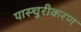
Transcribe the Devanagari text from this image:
पास्चुरीकरण